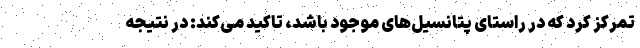
تمرکز کرد که در راستای پتانسیل‌های موجود باشد، تاکید می‌کند: در نتیجه